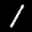
Label: 1